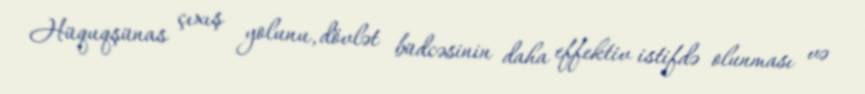
Hüquqşünas çıxış yolunu, dövlət büdcəsinin daha effektiv istifdə olunması və